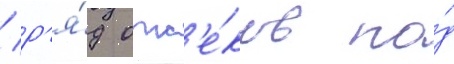
/ р'я́д отс'е́ков по́д